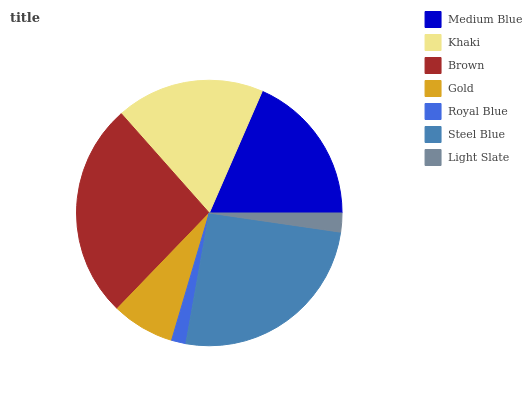
| Medium Blue | Khaki | Brown | Gold | Royal Blue | Steel Blue | Light Slate |
 | --- | --- | --- | --- | --- | --- | --- |
 | 18.5% | 18.1% | 26.3% | 7.62% | 1.75% | 25.5% | 2.31% |